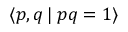
\langle p , q \, \vert \; p q = 1 \rangle